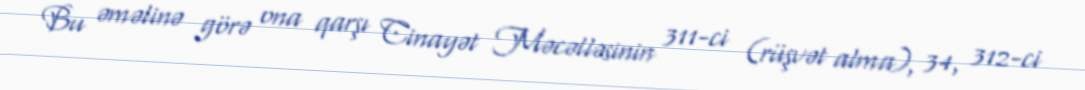
Bu əməlinə görə ona qarşı Cinayət Məcəlləsinin 311-ci (rüşvət alma), 34, 312-ci